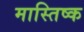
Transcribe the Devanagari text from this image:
मास्तिष्क